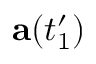
\mathbf { a } ( t _ { 1 } ^ { \prime } )